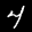
Label: 4